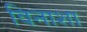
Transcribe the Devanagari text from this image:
विनाशा